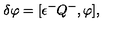
\delta \varphi = [ \epsilon ^ { - } Q ^ { - } , \varphi ] ,